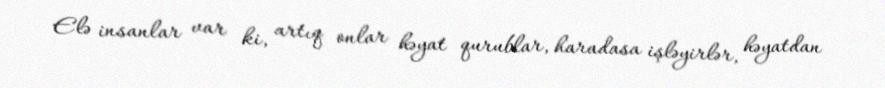
Elə insanlar var ki, artıq onlar həyat qurublar, haradasa işləyirlər, həyatdan